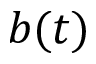
b ( t )